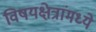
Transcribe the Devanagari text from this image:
विषयक्षेत्रांमध्ये